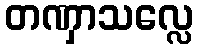
တဏှာသလ္လေ